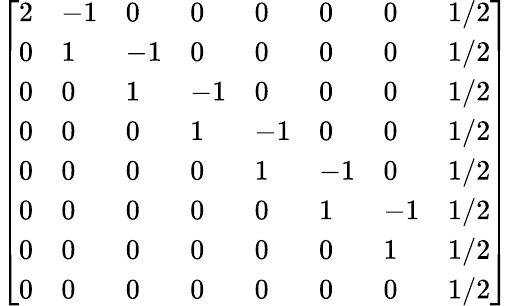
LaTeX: \left[{\begin{array}{llllllll}{2}&{-1}&{0}&{0}&{0}&{0}&{0}&{1/2}\\ {0}&{1}&{-1}&{0}&{0}&{0}&{0}&{1/2}\\ {0}&{0}&{1}&{-1}&{0}&{0}&{0}&{1/2}\\ {0}&{0}&{0}&{1}&{-1}&{0}&{0}&{1/2}\\ {0}&{0}&{0}&{0}&{1}&{-1}&{0}&{1/2}\\ {0}&{0}&{0}&{0}&{0}&{1}&{-1}&{1/2}\\ {0}&{0}&{0}&{0}&{0}&{0}&{1}&{1/2}\\ {0}&{0}&{0}&{0}&{0}&{0}&{0}&{1/2}\end{array}}\right]